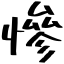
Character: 慘